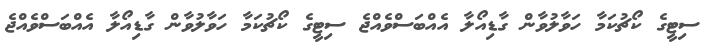
ސިޓީގެ ކޯޗުކަމާ ހަވާލުވާން ގާޑިއޯލާ އެއްބަސްވެއްޖެ ސިޓީގެ ކޯޗުކަމާ ހަވާލުވާން ގާޑިއޯލާ އެއްބަސްވެއްޖެ